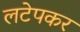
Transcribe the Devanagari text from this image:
लटेपकर